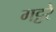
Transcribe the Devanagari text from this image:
गट्ठरे